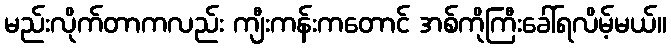
မည်းလိုက်တာကလည်း ကျီးကန်းကတောင် အစ်ကိုကြီးခေါ်ရလိမ့်မယ်။